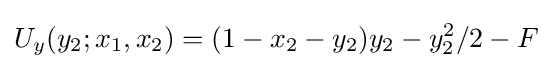
U_{y}(y_{2};x_{1},x_{2})=(1-x_{2}-y_{2})y_{2}-y_{2}^{2}/2-F